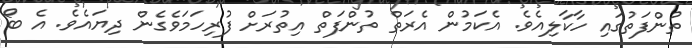
ތުންފަތުގައި ހާކާލިއެވެ. އެކަމުން އެރަތް ތުންފަތް އިތުރަށް ފުރިހަމަވެގެން ދިޔައެވެ. އެ ބޯ